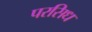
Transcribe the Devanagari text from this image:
परसिध